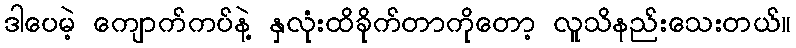
ဒါပေမဲ့ ကျောက်ကပ်နဲ့ နှလုံးထိခိုက်တာကိုတော့ လူသိနည်းသေးတယ်။